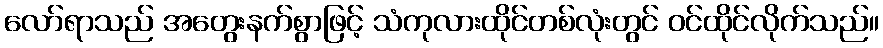
လော်ရာသည် အတွေးနက်စွာဖြင့် သံကုလားထိုင်တစ်လုံးတွင် ဝင်ထိုင်လိုက်သည်။